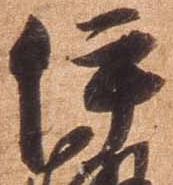
伊